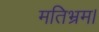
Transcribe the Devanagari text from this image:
मतिभ्रम।